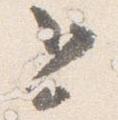
追